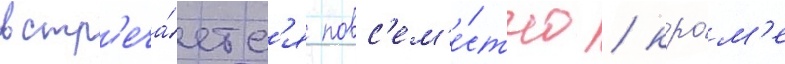
встр'еча́етс'я повс'ем'е́стно / кро́м'е